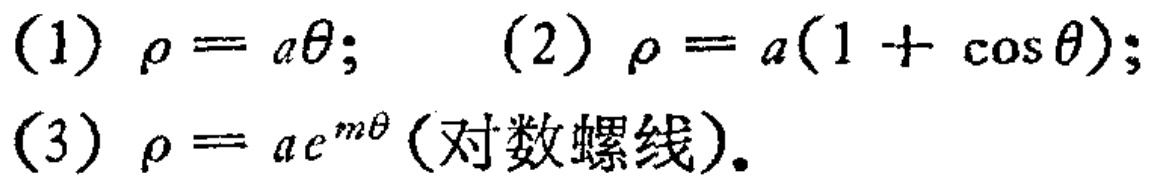
(1) \(\rho = a\theta\); (2) \(\rho = a(1 + \cos\theta)\); (3) \(\rho = ae^{m\theta}\)（对数螺线）.